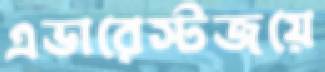
এভারেস্টজয়ে